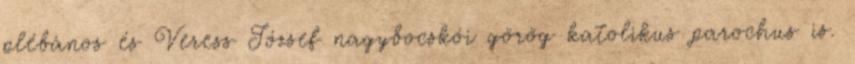
plébános és Veress József nagybocskói görög katolikus parochus is.